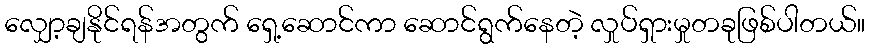
လျှော့ချနိုင်ရန်အတွက် ရှေ့ဆောင်ကာ ဆောင်ရွက်နေတဲ့ လှုပ်ရှားမှုတခုဖြစ်ပါတယ်။